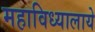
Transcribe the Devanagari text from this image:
महाविध्यालाये